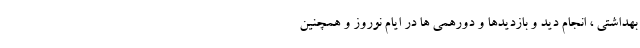
بهداشتی ، انجام دید و بازدیدها و دورهمی ها در ایام نوروز و همچنین